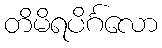
တိမိရပိင်္ဂလော